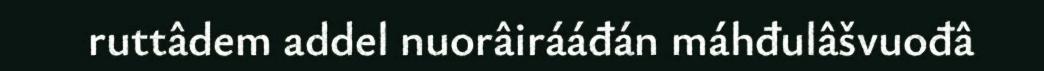
ruttâdem addel nuorâirááđán máhđulâšvuođâ